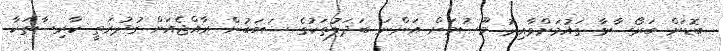
ބޮޑަށް ބަރޯސާވާ ގައުމަށްވާއިރު މޫސުމަށް އަންނަ ބަދަލުތަކުގެ ސަބަބުން ރާއްޖެއަށް ގުދުރަތީ ކާރިސާތަކާ